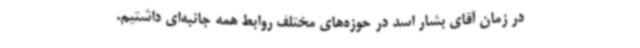
در زمان آقای بشار اسد در حوزه‌های مختلف روابط همه جانبه‌ای داشتیم.